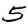
Digit: 5